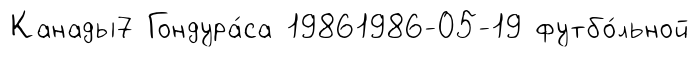
Канады7 Гондура́са 19861986-05-19 футбо́льной